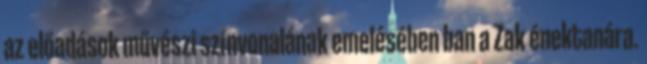
az előadások művészi színvonalának emelésében ban a Zak énektanára.